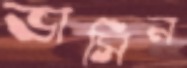
ভাসিন